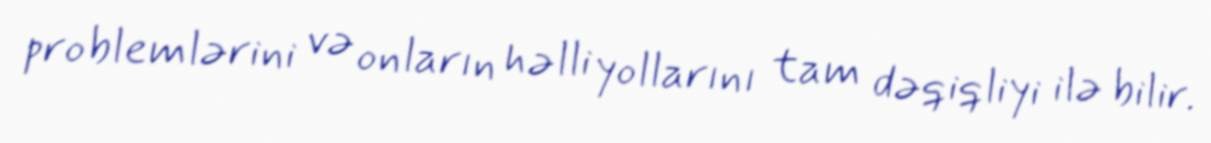
problemlərini və onların həlli yollarını tam dəqiqliyi ilə bilir.